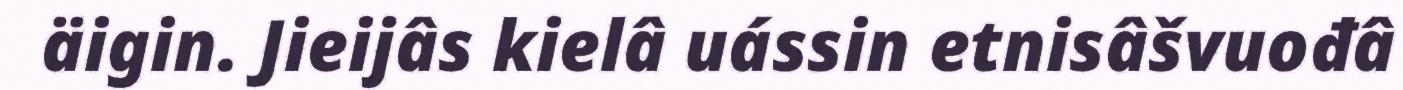
äigin. Jieijâs kielâ uássin etnisâšvuođâ